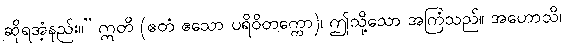
ဆိုရအံ့နည်း။” ဣတိ (ဧတံ ဧသော ပရိဝိတက္ကော)၊ ဤသို့သော အကြံသည်။ အဟောသိ၊